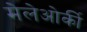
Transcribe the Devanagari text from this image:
मेलेओर्की